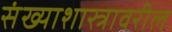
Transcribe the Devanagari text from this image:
संख्याशास्त्रावरील